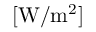
[ \mathrm { W / m ^ { 2 } } ]